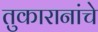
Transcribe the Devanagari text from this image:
तुकारानांचे